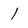
Character: 1